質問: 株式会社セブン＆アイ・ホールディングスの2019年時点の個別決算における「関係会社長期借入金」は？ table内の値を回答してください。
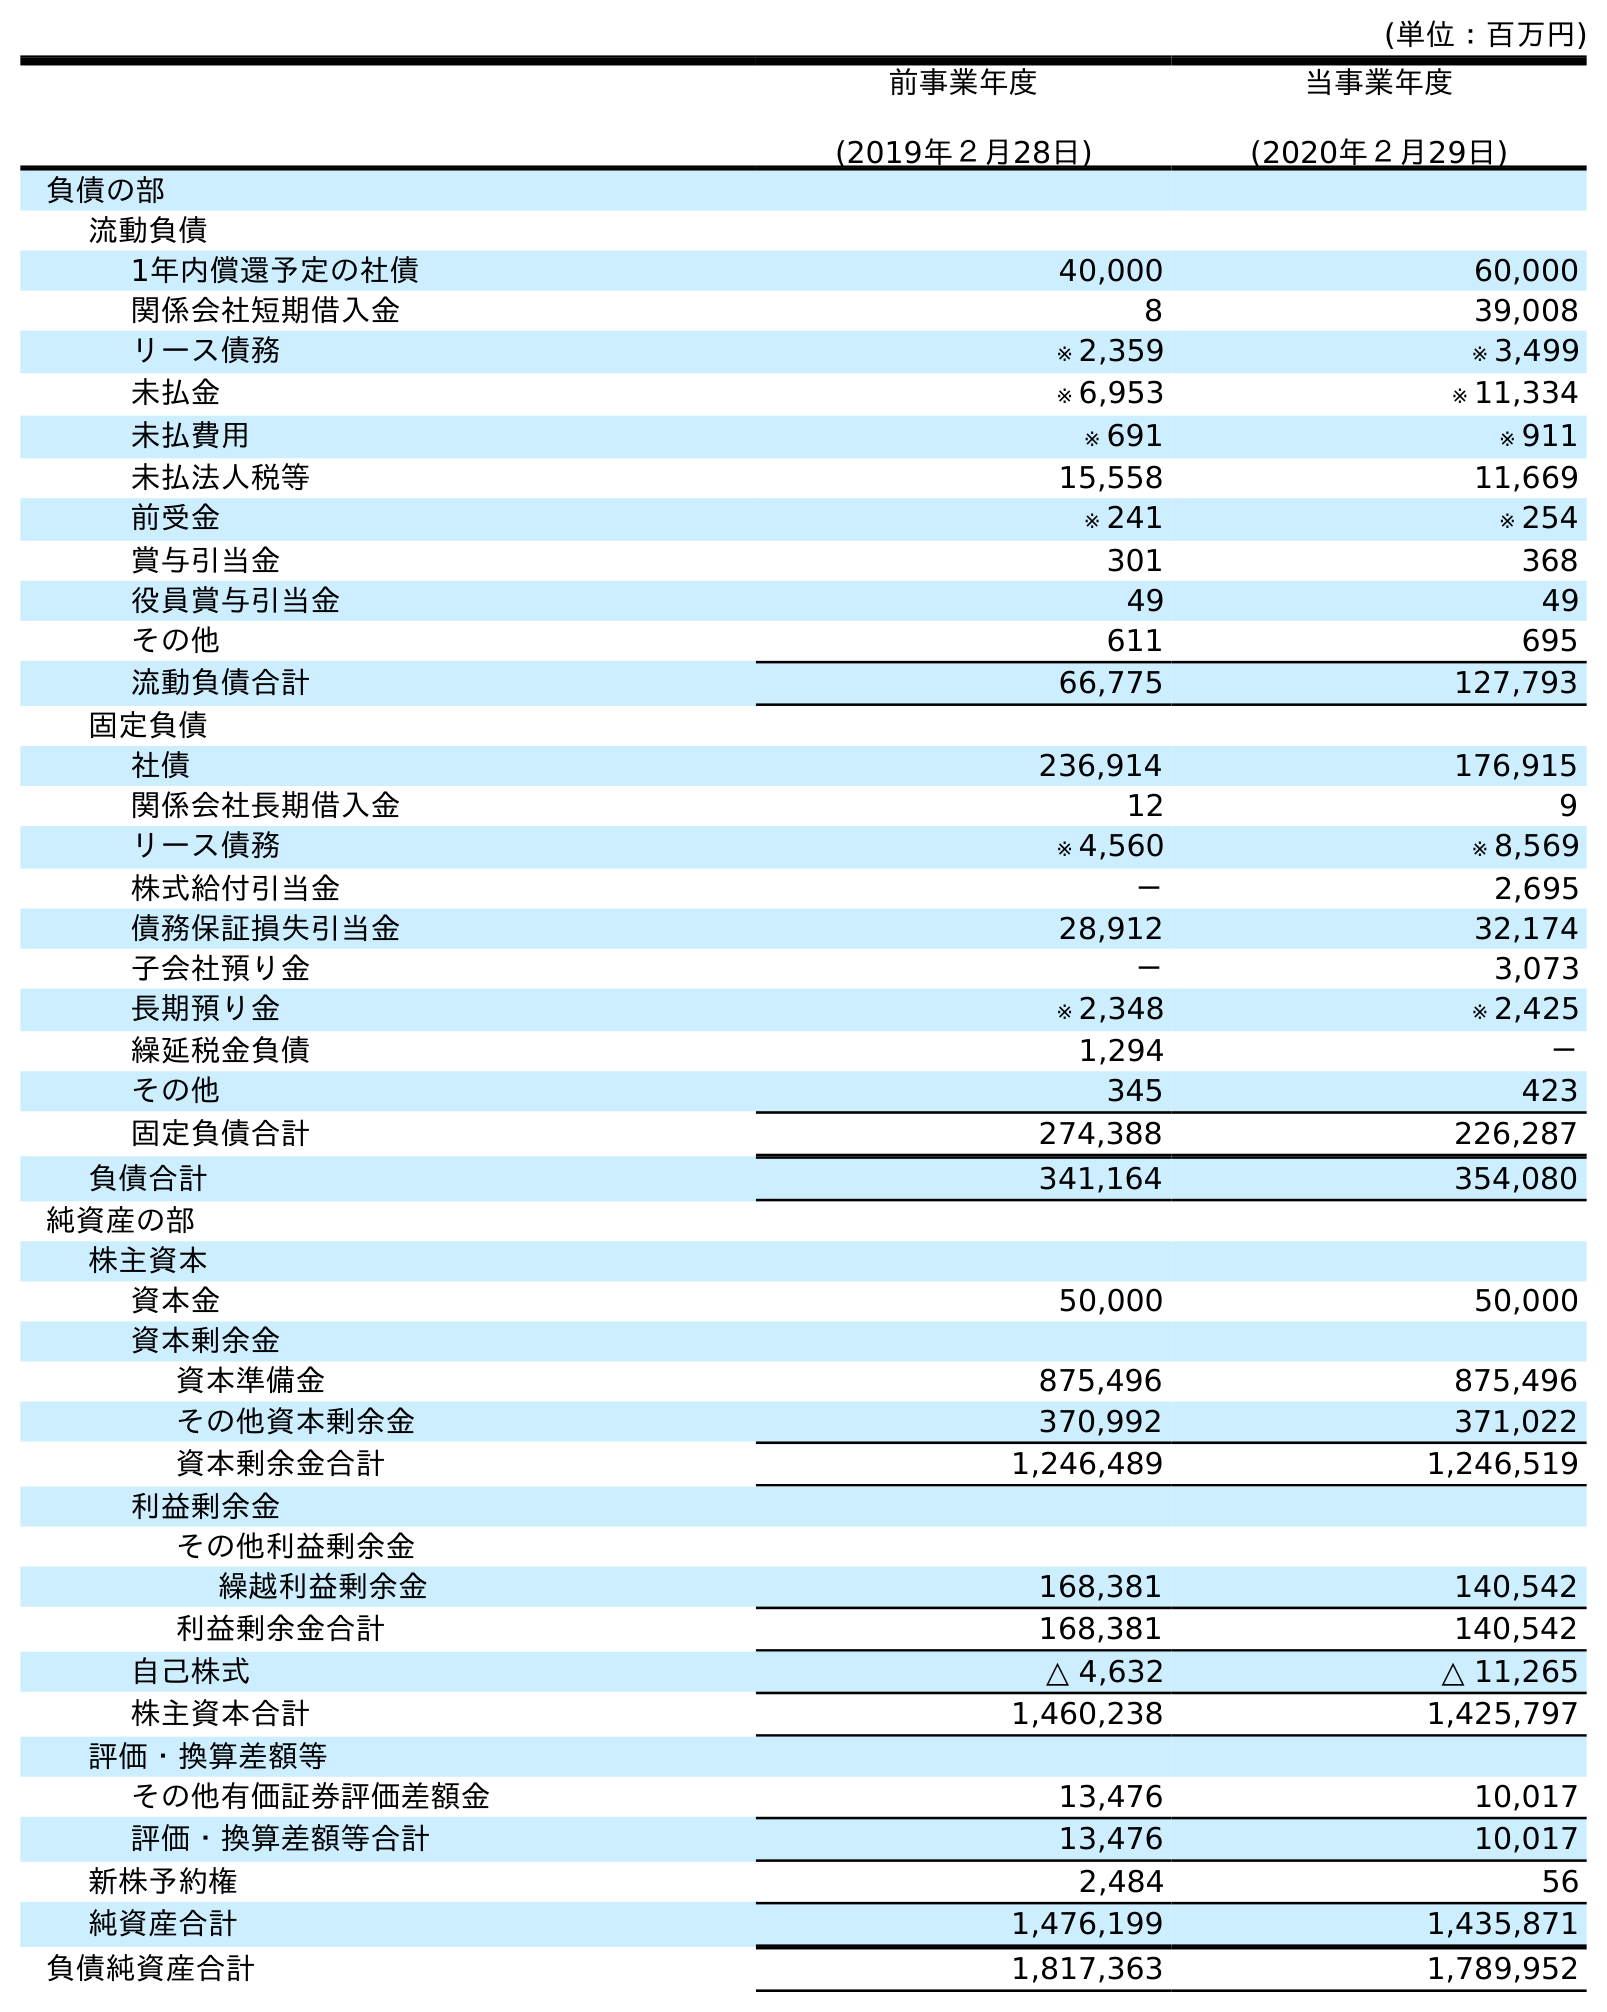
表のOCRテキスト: (単位：百万円) 前事業年度 (2019年２月28日) 当事業年度 (2020年２月29日) 負債の部 流動負債 1年内償還予定の社債 40,000 60,000 関係会社短期借入金 8 39,008 リース債務 ※ 2,359 ※ 3,499 未払金 ※ 6,953 ※ 11,334 未払費用 ※ 691 ※ 911 未払法人税等 15,558 11,669 前受金 ※ 241 ※ 254 賞与引当金 301 368 役員賞与引当金 49 49 その他 611 695 流動負債合計 66,775 127,793 固定負債 社債 236,914 176,915 関係会社長期借入金 12 9 リース債務 ※ 4,560 ※ 8,569 株式給付引当金 － 2,695 債務保証損失引当金 28,912 32,174 子会社預り金 － 3,073 長期預り金 ※ 2,348 ※ 2,425 繰延税金負債 1,294 － その他 345 423 固定負債合計 274,388 226,287 負債合計 341,164 354,080 純資産の部 株主資本 資本金 50,000 50,000 資本剰余金 資本準備金 875,496 875,496 その他資本剰余金 370,992 371,022 資本剰余金合計 1,246,489 1,246,519 利益剰余金 その他利益剰余金 繰越利益剰余金 168,381 140,542 利益剰余金合計 168,381 140,542 自己株式 △ 4,632 △ 11,265 株主資本合計 1,460,238 1,425,797 評価・換算差額等 その他有価証券評価差額金 13,476 10,017 評価・換算差額等合計 13,476 10,017 新株予約権 2,484 56 純資産合計 1,476,199 1,435,871 負債純資産合計 1,817,363 1,789,952
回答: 12